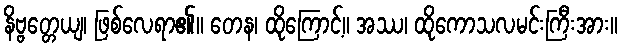
နိဗ္ဗတ္တေယျ၊ ဖြစ်လေရာ၏။ တေန၊ ထိုကြောင့်။ အဿ၊ ထိုကောသလမင်းကြီးအား။